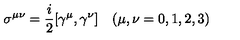
\sigma ^ { \mu \nu } = \frac { i } { 2 } [ \gamma ^ { \mu } , \gamma ^ { \nu } ] \quad ( \mu , \nu = 0 , 1 , 2 , 3 )